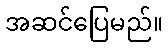
အဆင်ပြေမည်။